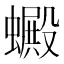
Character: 𧓇